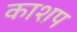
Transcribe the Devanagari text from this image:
काशप